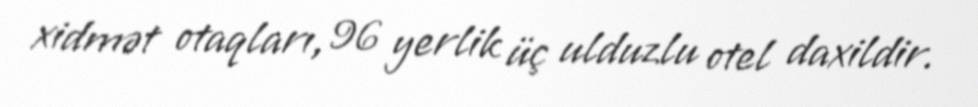
xidmət otaqları, 96 yerlik üç ulduzlu otel daxildir.